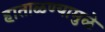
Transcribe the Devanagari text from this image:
हाताळण्यामुळे